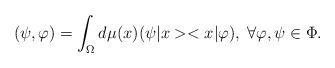
LaTeX: \begin{align*} (\psi,\varphi)=\int_{\Omega}d\mu(x)(\psi|x><x|\varphi),\; \forall\varphi,\psi\in\Phi.\end{align*}